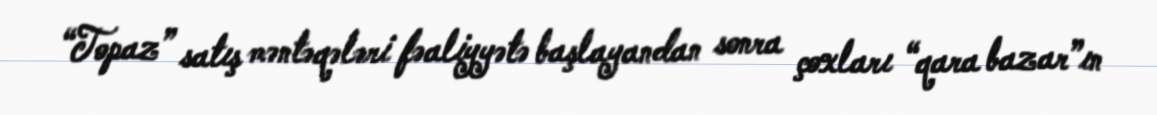
“Topaz” satış məntəqələri fəaliyyətə başlayandan sonra çoxları “qara bazar”ın